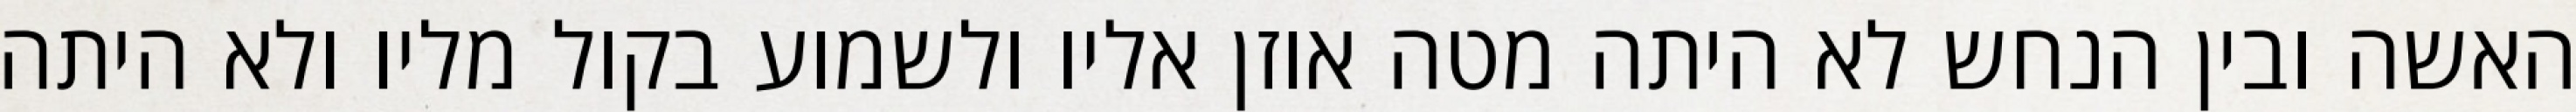
האשה ובין הנחש לא היתה מטה אוזן אליו ולשמוע בקול מליו ולא היתה